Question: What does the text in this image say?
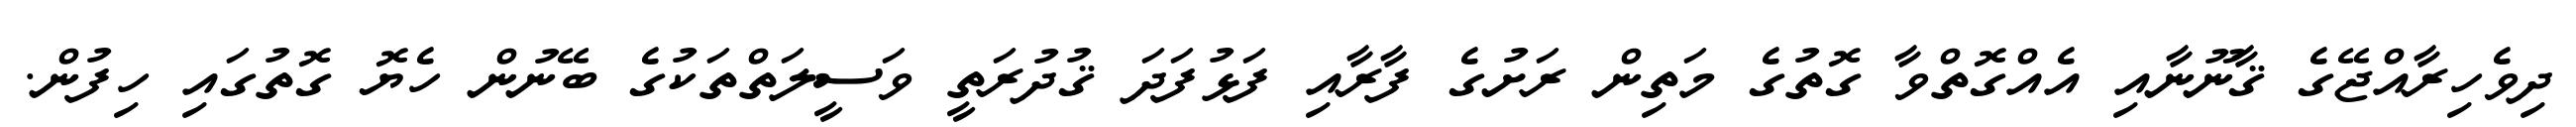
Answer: ދިވެހިރާއްޖޭގެ ޤާނޫނާއި އެއްގޮތްވާ ގޮތުގެ މަތިން ރަށުގެ ފާރާއި ފަޅުފަދަ ޤުދުރަތީ ވަސީލަތްތަކުގެ ބޭނުން ހެޔޮ ގޮތުގައި ހިފުން.